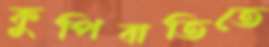
কুপিবাতিতে